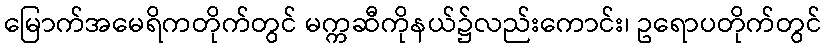
မြောက်အမေရိကတိုက်တွင် မက္ကဆီကိုနယ်၌လည်းကောင်း၊ ဥရောပတိုက်တွင်